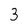
Character: 3